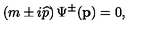
\left( m \pm i \widehat { p } \right) \Psi ^ { \pm } ( \mathbf { p } ) = 0 ,